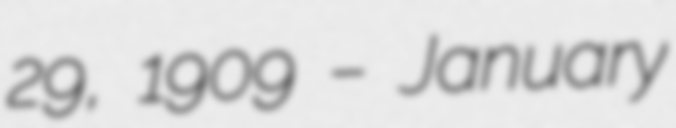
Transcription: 29, 1909 – January